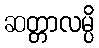
ဆတ္တာလမ္ပိ